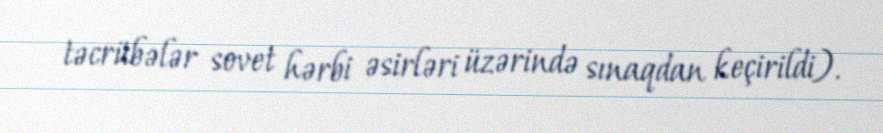
təcrübələr sovet hərbi əsirləri üzərində sınaqdan keçirildi).